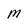
Character: M